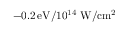
- 0 . 2 \, \mathrm { e V } / 1 0 ^ { 1 4 } \, \, \mathrm { W / c m ^ { 2 } }